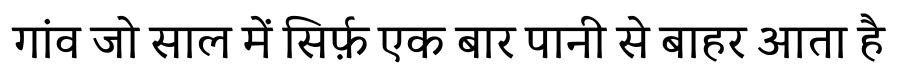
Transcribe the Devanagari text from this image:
गांव जो साल में सिर्फ़ एक बार पानी से बाहर आता है